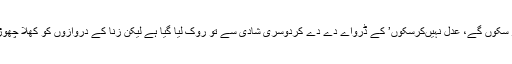
عدل نہیں کر سکوں گے، عدل نہیں‌کرسکوں’ کے ڈرواے دے دے کردوسری شادی سے تو روک لیا گیا ہے لیکن زنا کے دروازوں کو کھلا چھوڑ دیا گیا ہے۔